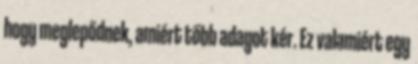
hogy meglepődnek, amiért több adagot kér. Ez valamiért egy